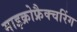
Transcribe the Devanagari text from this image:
माइक्रोफ्रैक्चरिंग